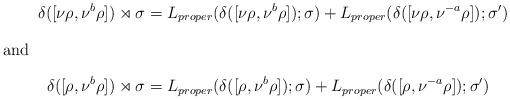
LaTeX: \begin{align*}\delta([\nu\rho,\nu^b\rho])\rtimes\sigma &=L_{proper}(\delta([\nu\rho,\nu^b\rho]);\sigma) +L_{proper}(\delta([\nu\rho,\nu^{-a}\rho]);\sigma') \\\intertext{and}\delta([\rho,\nu^b\rho])\rtimes\sigma &= L_{proper}(\delta([\rho,\nu^b\rho]);\sigma)+ L_{proper}(\delta([\rho,\nu^{-a}\rho]);\sigma')\end{align*}